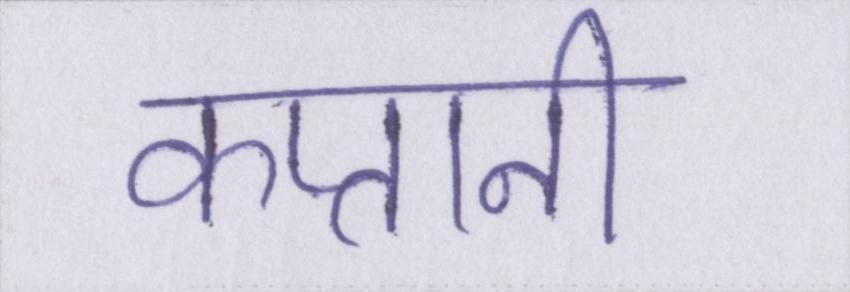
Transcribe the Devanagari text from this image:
कप्तानी